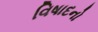
વિષાદનો